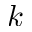
k